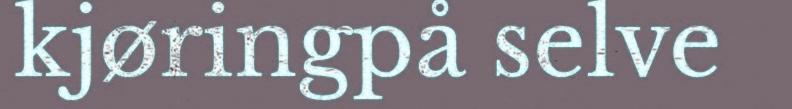
kjøringpå selve